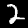
Label: 2